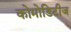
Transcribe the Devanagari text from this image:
कोमोडिटीज